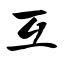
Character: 互